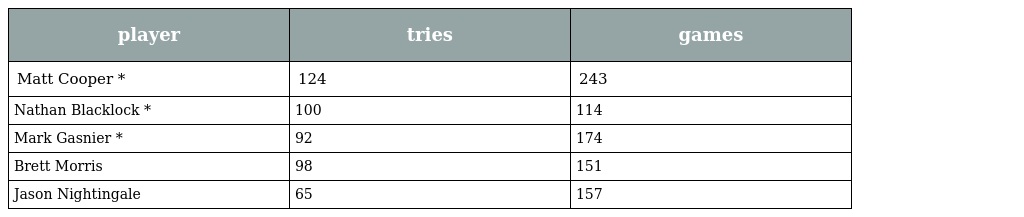
| player | tries | games |
 | --- | --- | --- |
 | Matt Cooper * | 124 | 243 |
 | Nathan Blacklock * | 100 | 114 |
 | Mark Gasnier * | 92 | 174 |
 | Brett Morris | 98 | 151 |
 | Jason Nightingale | 65 | 157 |